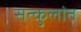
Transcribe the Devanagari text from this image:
सत्कुलांत